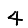
Digit: 4